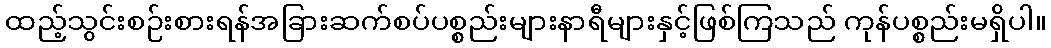
ထည့်သွင်းစဉ်းစားရန်အခြားဆက်စပ်ပစ္စည်းများနာရီများနှင့်ဖြစ်ကြသည် ကုန်ပစ္စည်းမရှိပါ။